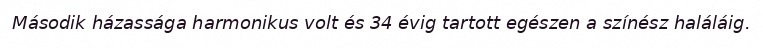
Második házassága harmonikus volt és 34 évig tartott egészen a színész haláláig.